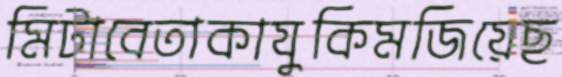
মিটাবেতাকাযুকিমজিয়েছ